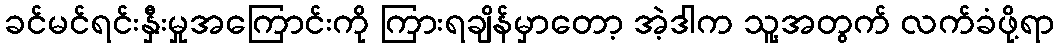
ခင်မင်ရင်းနှီးမှုအကြောင်းကို ကြားရချိန်မှာတော့ အဲ့ဒါက သူ့အတွက် လက်ခံဖို့ရာ